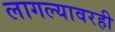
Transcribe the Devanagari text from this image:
लागल्यावरही